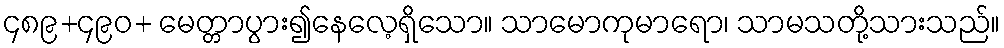
၄၈၉+၄၉၀+ မေတ္တာပွား၍နေလေ့ရှိသော။ သာမောကုမာရော၊ သာမသတို့သားသည်။